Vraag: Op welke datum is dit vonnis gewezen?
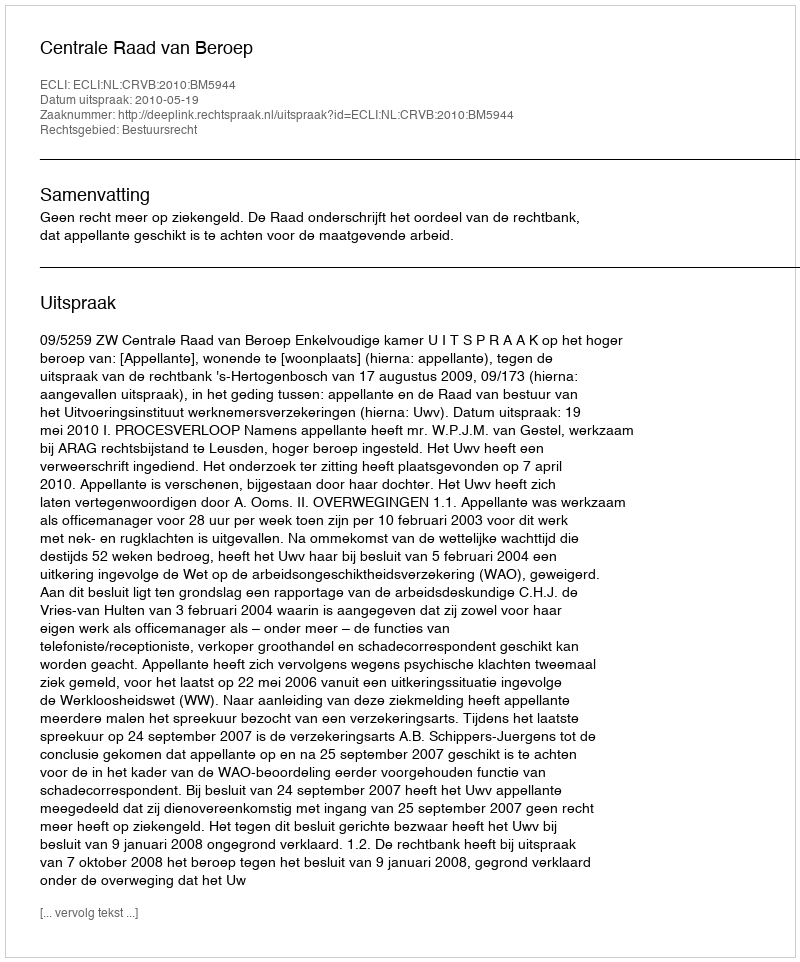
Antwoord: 2010-05-19